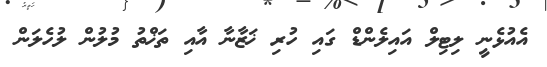
އެއުޅެނީ ލިޓިލް އައިލެންޑް ގައި ހުރި ޚަޒާނާ އާއި ތަޚްތު މުލުން ލުހެލަން